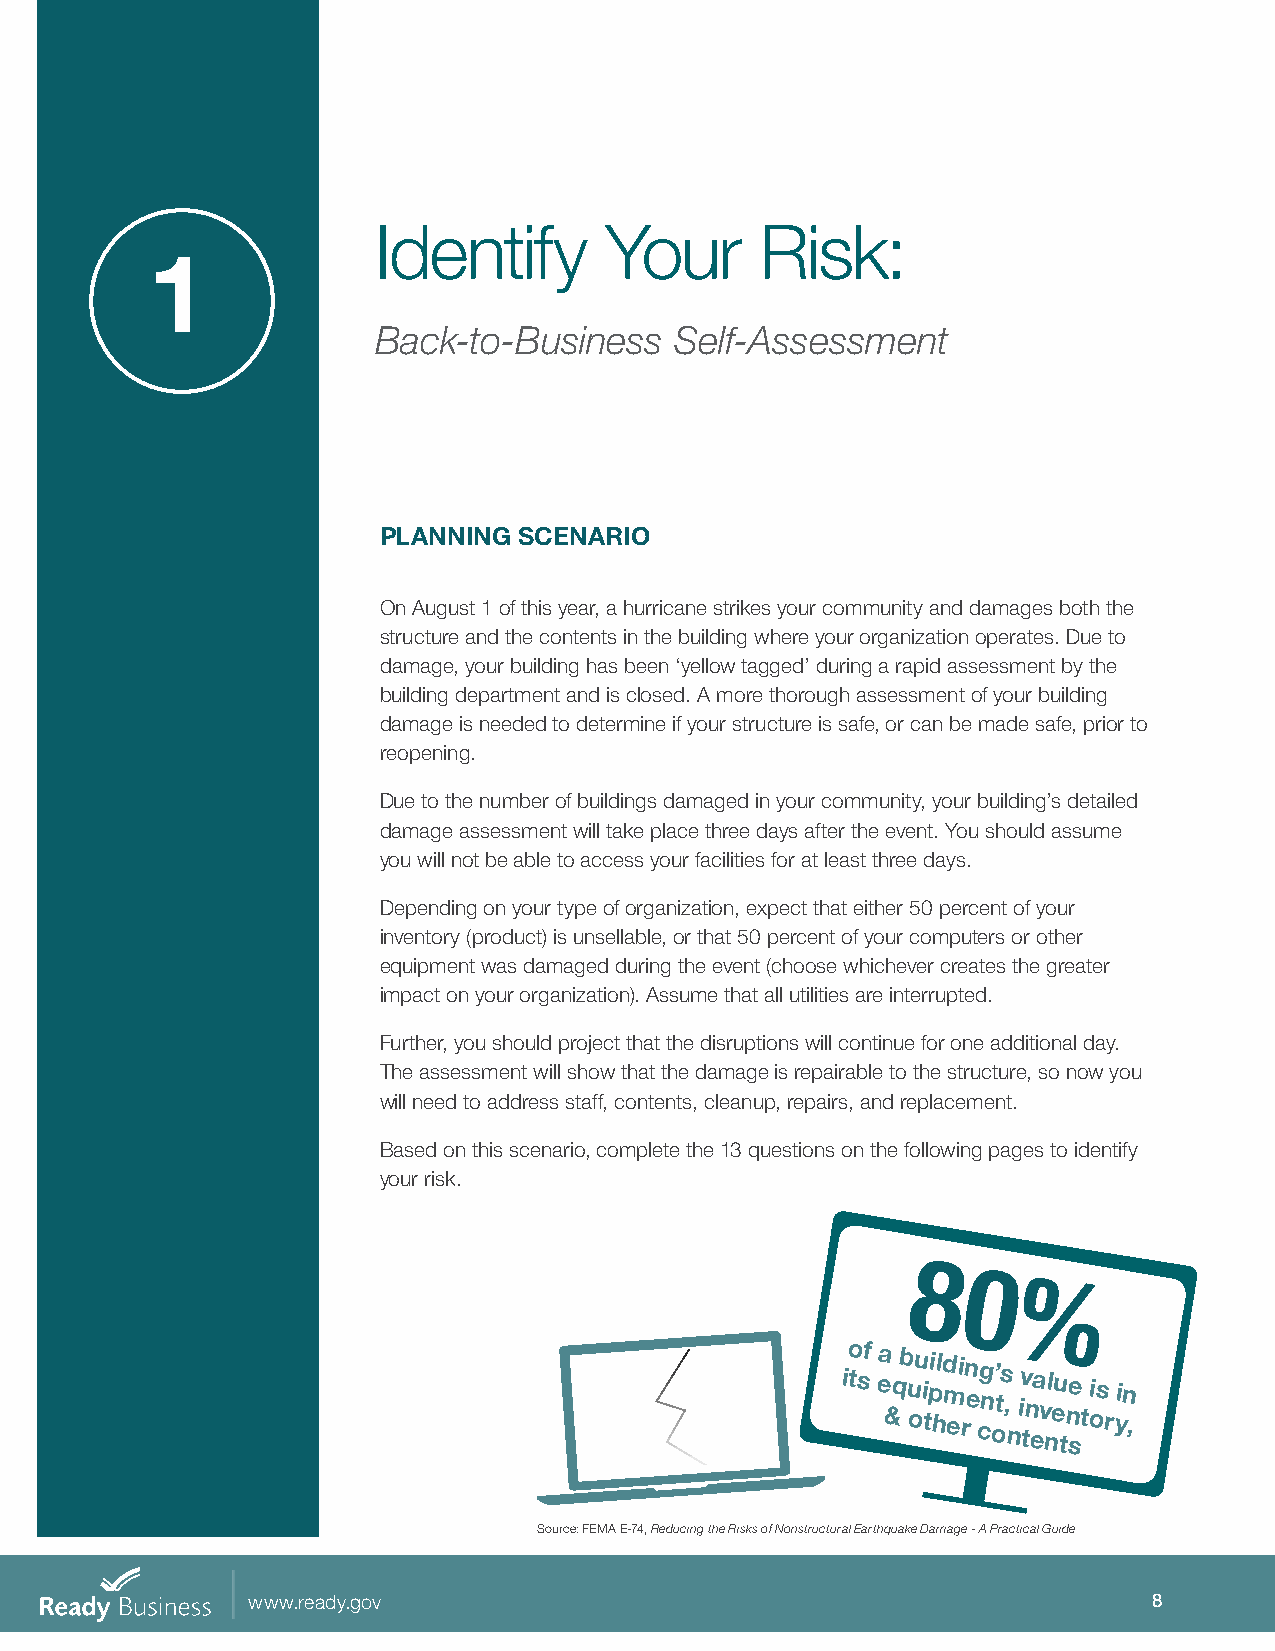
Identify       Your      Risk:
 1
 Back-to-Business    Self-Assessment
 PLANNING SCENARIO
 On August 1 of this year, a hurricane strikes your community and damages both the
 structure and the contents in the building where your organization operates. Due to
 damage, your building has been ‘yellow tagged’ during a rapid assessment by the
 building department and is closed. A more thorough assessment of your building
 damage is needed to determine if your structure is safe, or can be made safe, prior to
 reopening.
 Due to the number of buildings damaged in your community, your building’s detailed
 damage assessment will take place three days after the event. You should assume
 you will not be able to access your facilities for at least three days.
 Depending on your type of organization, expect that either 50 percent of your
 inventory (product) is unsellable, or that 50 percent of your computers or other
 equipment was damaged during the event (choose whichever creates the greater
 impact on your organization). Assume that all utilities are interrupted.
 Further, you should project that the disruptions will continue for one additional day.
 The assessment will show that the damage is repairable to the structure, so now you
 will need to address staff, contents, cleanup, repairs, and replacement.
 Based on this scenario, complete the 13 questions on the following pages to identify
 your risk.
 8
 0
 %
 io tsf ea &q b u ou i tpi hld m ei rn e cg n o’ ts ,
 n
 iv tn ea v nl eu tn se t ois r yin ,
 Source: FEMA E-74, Reducing the Risks of Nonstructural Earthquake Damage - A Practical Guide
 www.ready.gov                                               8